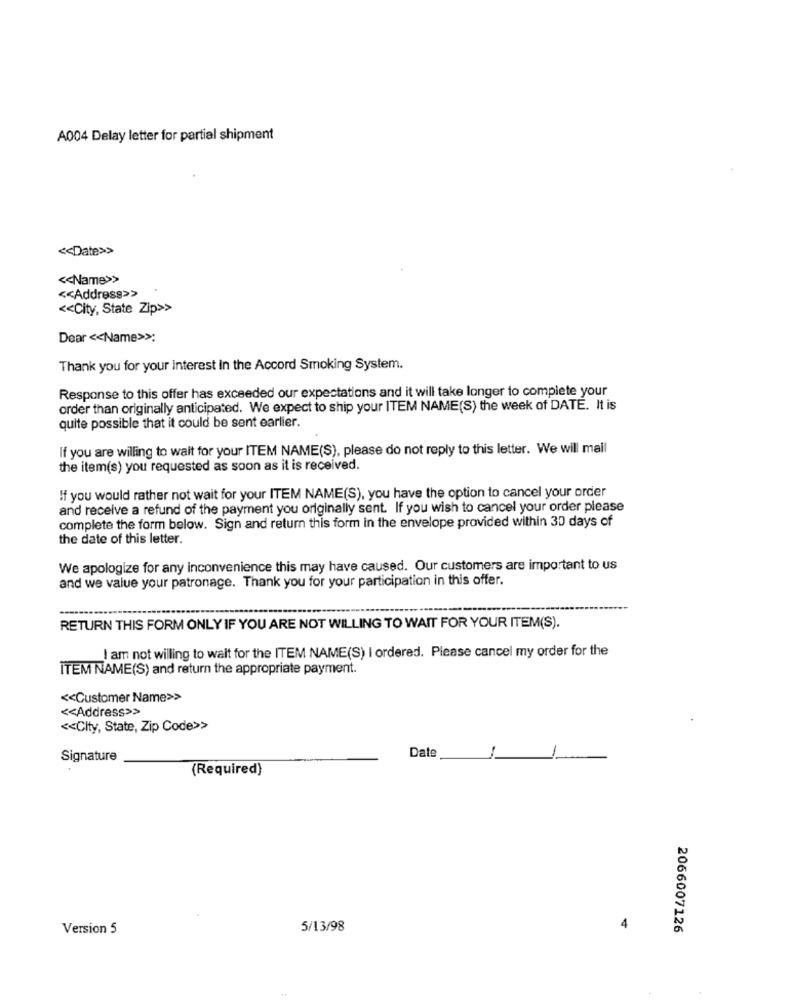
A004 Delay letter for partial shipment
<< Date>>
<< Name>>
<< Address>>
<< City, State Zip>>
Dear << Name>>:
Thank you for your interest In the Accord Smoking System.
Response to this offer has exceeded our expectations and it will take longer to complete your
order than originally anticipated. We expect to ship your ITEM NAME(S) the week of DATE. It is
quite possible that it could be sent earlier.
If you are willing to wait for your ITEM NAME(S), please do not reply to this letter. We will mail
the item(s) you requested as soon as it is received.
If you would rather not wait for your ITEM NAME(S), you have the option to cancel your order
and receive a refund of the payment you originally sent. If you wish to cancel your order please
complete the form below. Sign and return this form in the envelope provided within 30 days of
the date of this letter.
We apologize for any inconvenience this may have caused. Our customers are important to us
and we value your patronage. Thank you for your participation in this offer.
RETURN THIS FORM ONLY IF YOU ARE NOT WILLING TO WAIT FOR YOUR ITEM(S).
I am not willing to wait for the ITEM NAME(S) I ordered. Please cancel my order for the
ITEM NAME(S) and return the appropriate payment.
<< Customer Name>>
<< Address>>
<< City, State, Zip Code>>
Date
Signature
(Required)
Version 5
5/13/98
4
2066007126